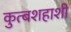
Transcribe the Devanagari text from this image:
कुत्बशहाशी